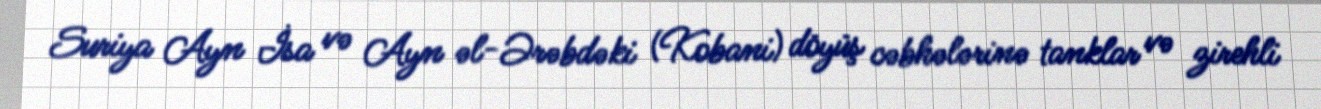
Suriya Ayn İsa və Ayn əl-Ərəbdəki (Kobani) döyüş cəbhələrinə tanklar və zirehli